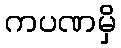
ကပဏမှိ